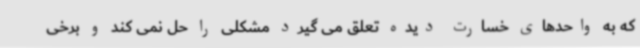
که به واحدهای خسارت دیده تعلق می گیرد مشکلی را حل نمی کند و برخی